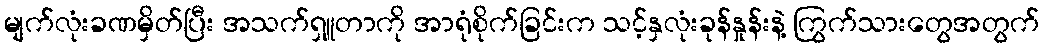
မျက်လုံးခဏမှိတ်ပြီး အသက်ရှူတာကို အာရုံစိုက်ခြင်းက သင့်နှလုံးခုန်နှုန်းနဲ့ ကြွက်သားတွေအတွက်